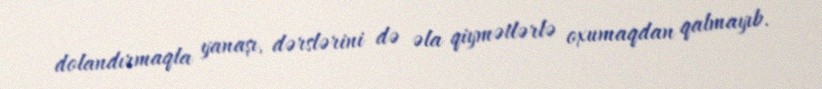
dolandırmaqla yanaşı, dərslərini də əla qiymətlərlə oxumaqdan qalmayıb.